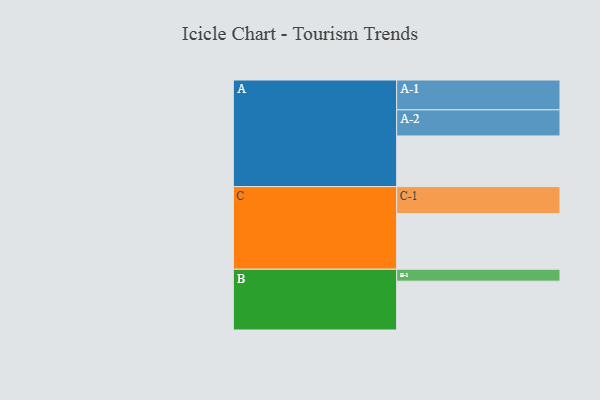
{"axis": {"x": "Segment", "y": "Value"}, "legend": ["", "A", "B", "C"], "data": [{"x": "A", "y": 496, "type": ""}, {"x": "B", "y": 478, "type": ""}, {"x": "C", "y": 545, "type": ""}, {"x": "A-1", "y": 292, "type": "A"}, {"x": "A-2", "y": 256, "type": "A"}, {"x": "B-1", "y": 117, "type": "B"}, {"x": "C-1", "y": 264, "type": "C"}]}